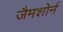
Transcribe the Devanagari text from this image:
जैमशोर्न